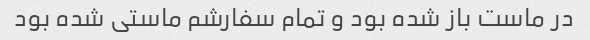
در ماست باز شده بود و تمام سفارشم ماستی شده بود